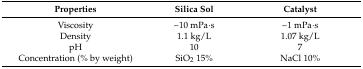
| Properties | Silica Sol | Catalyst |
 | --- | --- | --- |
 | Viscosity | ~10 mPa·s | ~1 mPa·s |
 | Density | 1.1 kg/L | 1.07 kg/L |
 | pH | 10 | 7 |
 | Concentration (% by weight) | SiO2 15% | NaCl 10% |